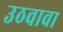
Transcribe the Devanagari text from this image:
उठवावा